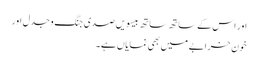
اور اس کے ساتھ ساتھ بیسویں صدی جنگ و جدل اور
خون خرابے میں بھی نمایاں ہے۔